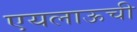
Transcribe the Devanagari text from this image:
एयलाऊची